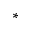
{ * }